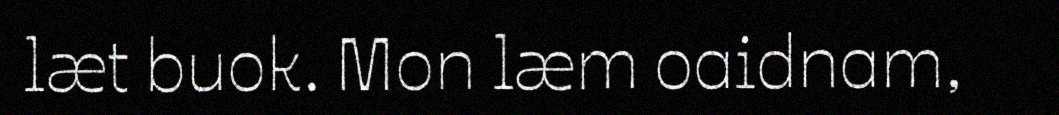
læt buok. Mon læm oaidnam,